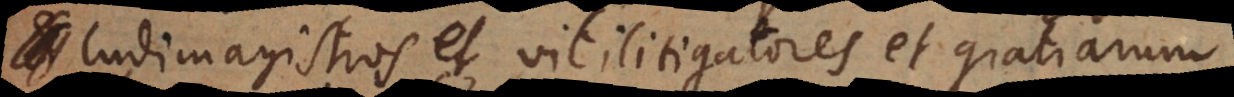
udimagistros et vitilitigatores et gratiarum